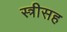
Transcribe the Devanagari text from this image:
स्त्रीसह